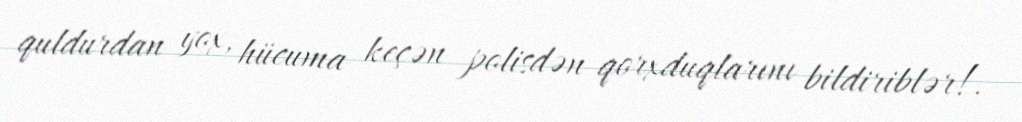
quldurdan yox, hücuma keçən polisdən qorxduqlarını bildiriblər!.